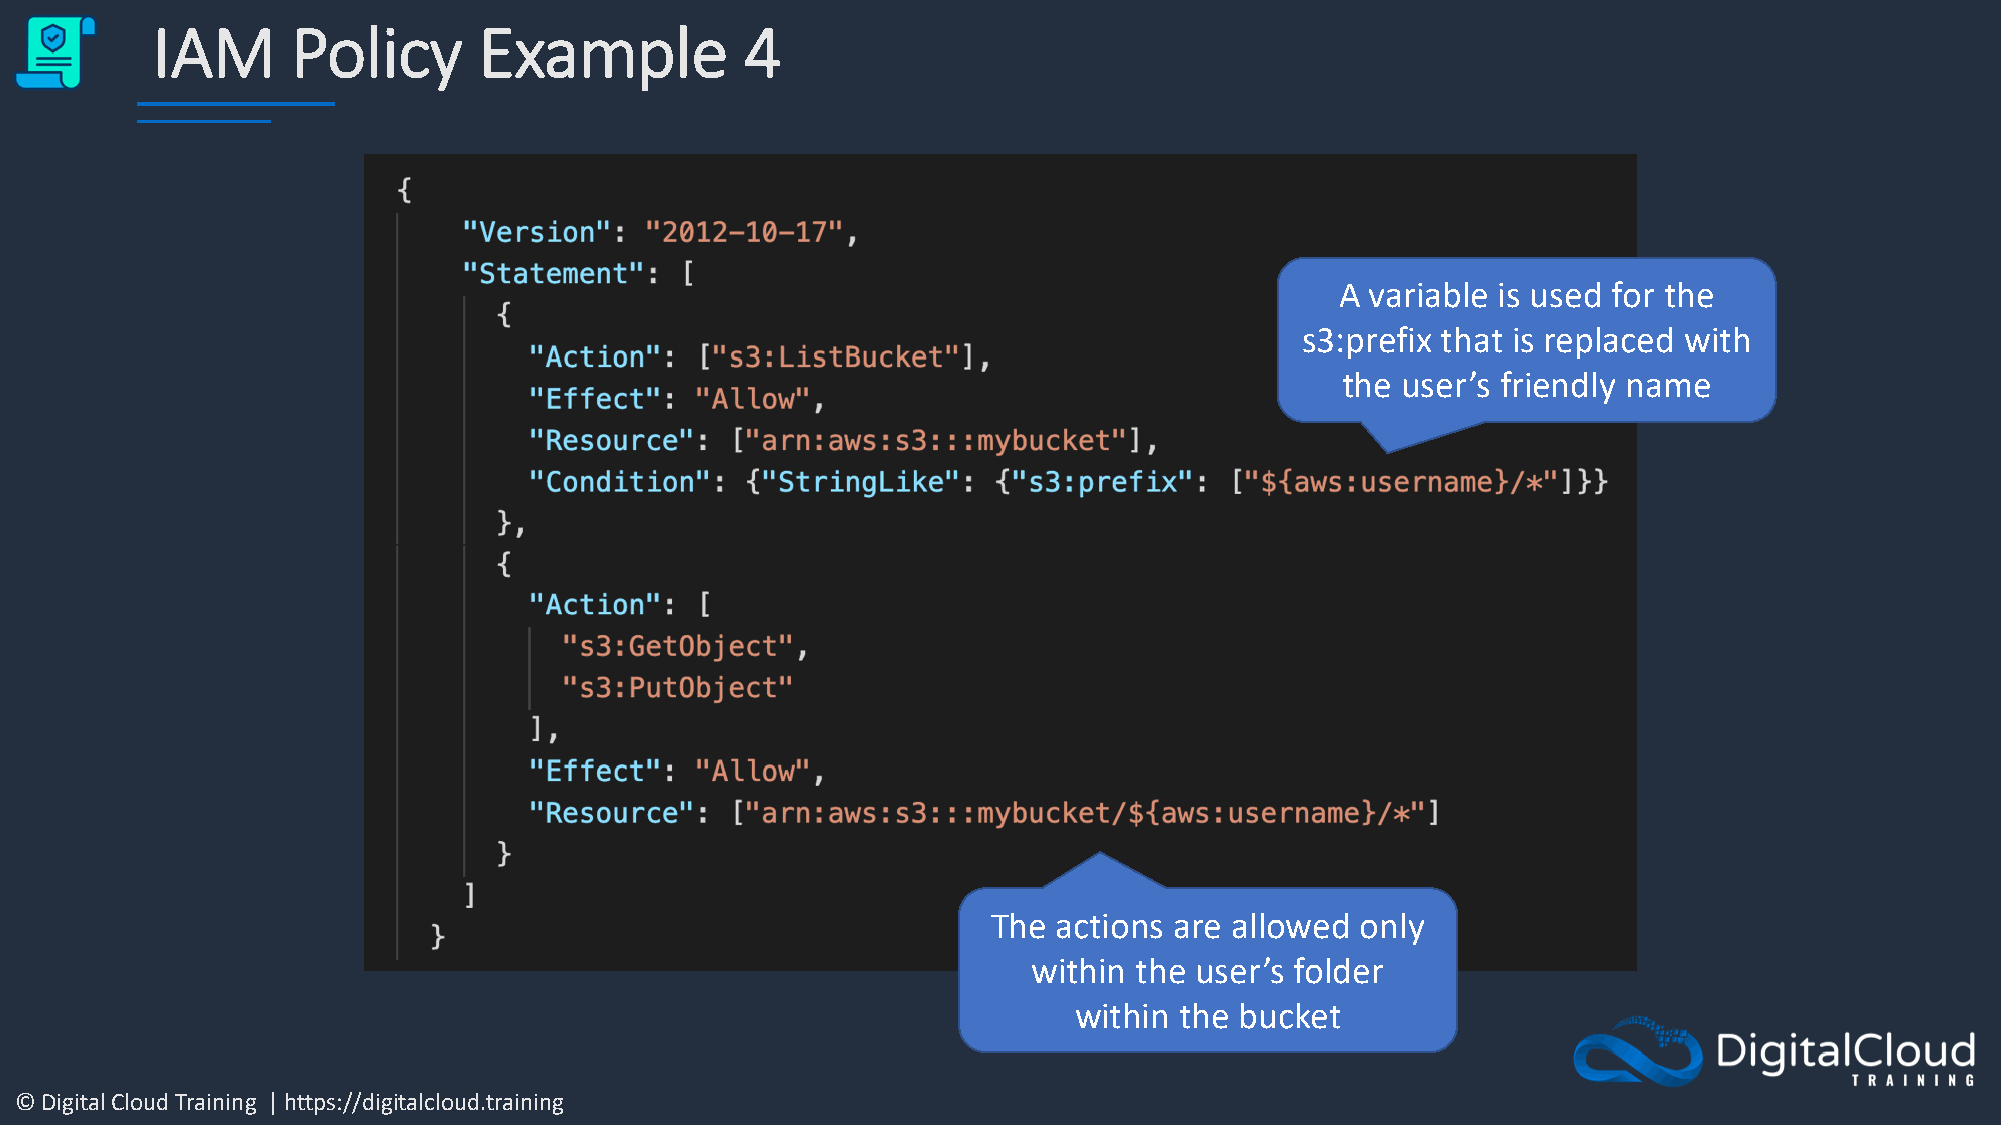
IAM      Policy       Example          4
 A variable is used for the
 s3:prefix that is replaced with
 the user’s friendly name
 The actions are allowed only
 within the user’s folder
 within the bucket
 © Digital Cloud Training | https://digitalcloud.training